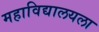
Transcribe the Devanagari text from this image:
महाविद्यालयला